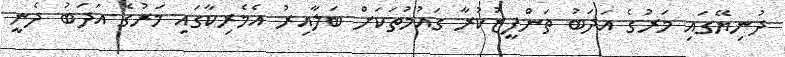
ދުނިޔޭގައި މަރުގެ އަދަބު ތަންފީޒުކުރާ ގައުމުތަކަށް ބަލާއިރު އެމެރިކާގައި މަރުގެ އަދަބު ދެނީ